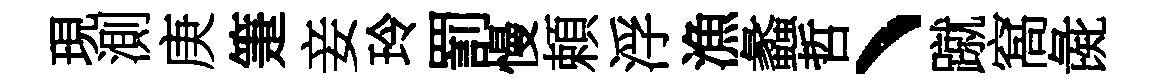
現測庚箑妾玲罰慢頼浮漁蠡哲丶蹴窩彘